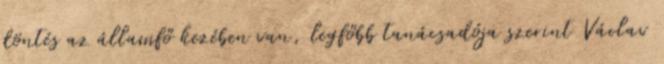
döntés az államfő kezében van, legfőbb tanácsadója szerint Václav